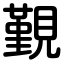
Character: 覲